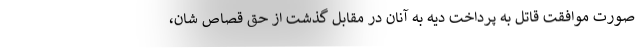
صورت موافقت قاتل به پرداخت دیه به آنان در مقابل گذشت از حق قصاص شان،